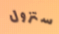
ستزول